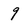
Character: 9